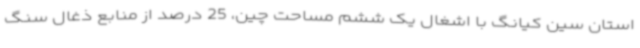
استان سین کیانگ با اشغال یک ششم مساحت چین، 25 درصد از منابع ذغال سنگ